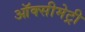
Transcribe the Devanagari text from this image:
ऑक्सीमेट्री